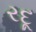
રદૂ